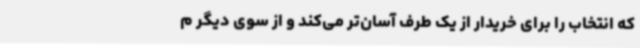
که انتخاب را برای خریدار از یک طرف آسان‌تر می‌کند و از سوی دیگر م